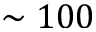
\sim 1 0 0